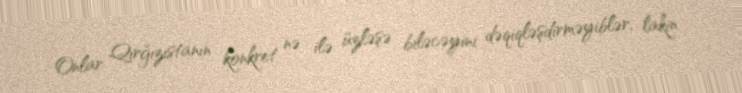
Onlar Qırğızıstanın konkret nə ilə üzləşə biləcəyini dəqiqləşdirməyiblər, lakin